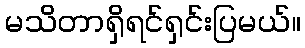
မသိတာရှိရင်ရှင်းပြမယ်။